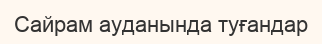
Сайрам ауданында туғандар